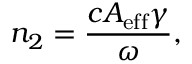
n _ { 2 } = \frac { c A _ { \mathrm { e f f } } \gamma } { \omega } ,